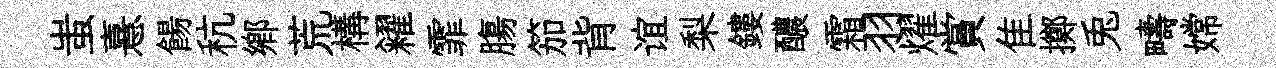
蚩憙餳秔鄕荒構糴霏膓笳背谊梨鏤醲霜羽燿賞隹擲兎疇嫦